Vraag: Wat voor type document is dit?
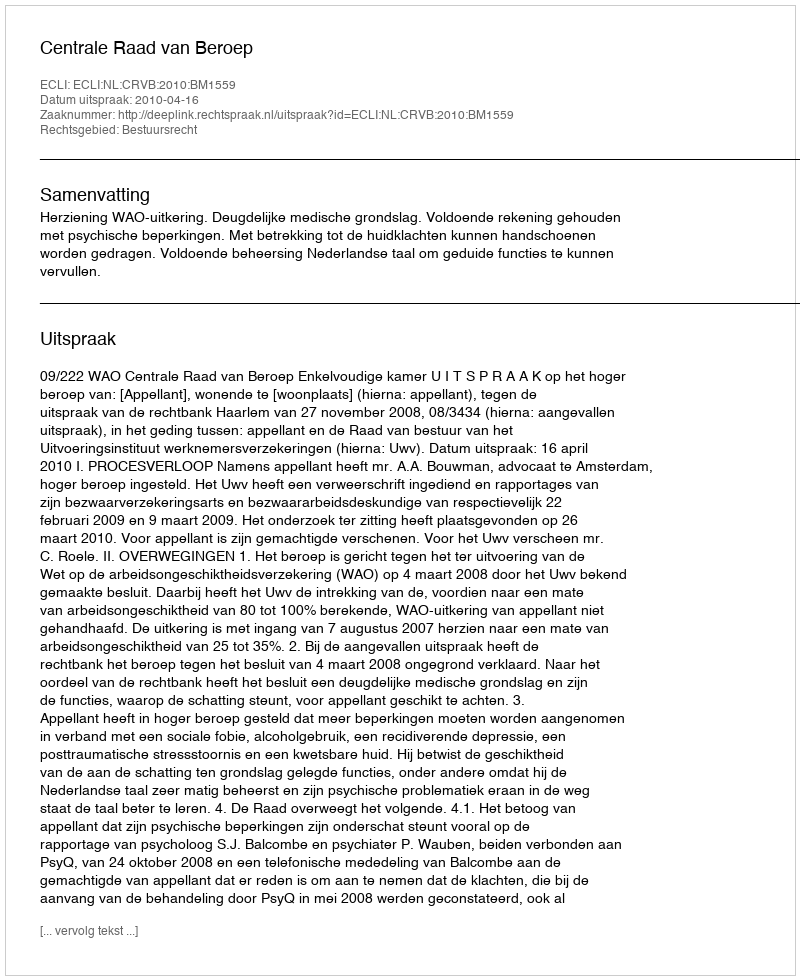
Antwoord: Uitspraak